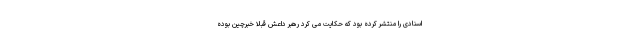
اسنادی را منتشر کرده بود که حکایت می کرد رهبر داعش قبلا خبرچین بوده